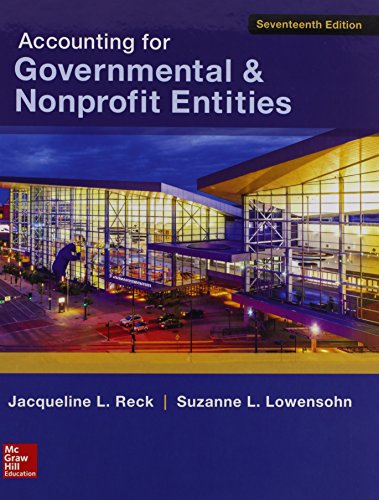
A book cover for Accounting for Governmental & Nonprofit Entities w/Connect; Jacqueline Reck; Business & Money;